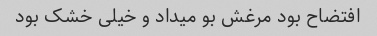
افتضاح بود مرغش بو میداد و خیلی خشک بود